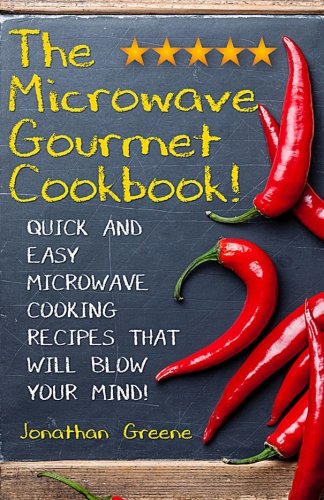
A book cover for The Microwave Gourmet Cookbook: Quick and Easy Microwave Cooking Recipes that will Blow your Mind! (Gourment Cooking in Minutes!) (Volume 1); Jonathan Greene; Cookbooks, Food & Wine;